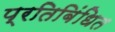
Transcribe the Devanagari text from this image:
प्रतिबिंधित